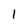
Character: 1